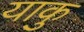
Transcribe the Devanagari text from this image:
याकु